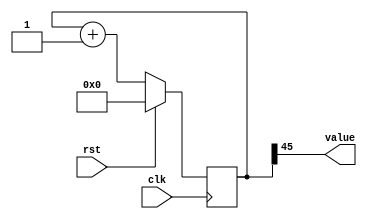
/*
   This file was generated automatically by Alchitry Labs version 1.2.1.
   Do not edit this file directly. Instead edit the original Lucid source.
   This is a temporary file and any changes made to it will be destroyed.
*/

/*
   Parameters:
     SIZE = 1
     DIV = 45
     TOP = 0
     UP = 1
*/
module counter_7 (
    input clk,
    input rst,
    output reg [0:0] value
  );
  
  localparam SIZE = 1'h1;
  localparam DIV = 6'h2d;
  localparam TOP = 1'h0;
  localparam UP = 1'h1;
  
  
  reg [45:0] M_ctr_d, M_ctr_q = 1'h0;
  
  localparam MAX_VALUE = 46'h1fffffffffff;
  
  always @* begin
    M_ctr_d = M_ctr_q;
    
    value = M_ctr_q[45+0-:1];
    if (1'h1) begin
      M_ctr_d = M_ctr_q + 1'h1;
      if (1'h0 && M_ctr_q == 46'h1fffffffffff) begin
        M_ctr_d = 1'h0;
      end
    end else begin
      M_ctr_d = M_ctr_q - 1'h1;
      if (1'h0 && M_ctr_q == 1'h0) begin
        M_ctr_d = 46'h1fffffffffff;
      end
    end
  end
  
  always @(posedge clk) begin
    if (rst == 1'b1) begin
      M_ctr_q <= 1'h0;
    end else begin
      M_ctr_q <= M_ctr_d;
    end
  end
  
endmodule